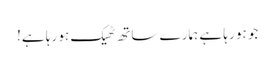
جو ہو رہا ہے ہمارے ساتھ ٹھیک ہو رہا ہے!